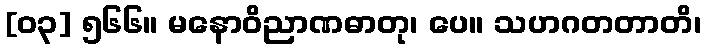
[၀၃] ၅၆၆။ မနောဝိညာဏဓာတု၊ ပေ။ သဟဂတတာတိ၊